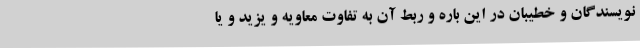
نویسندگان و خطیبان در این باره و ربط آن به تفاوت معاویه و یزید و یا